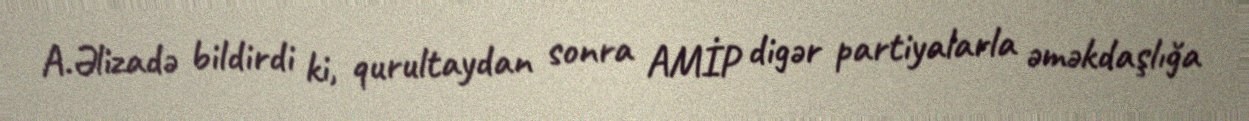
A.Əlizadə bildirdi ki, qurultaydan sonra AMİP digər partiyalarla əməkdaşlığa